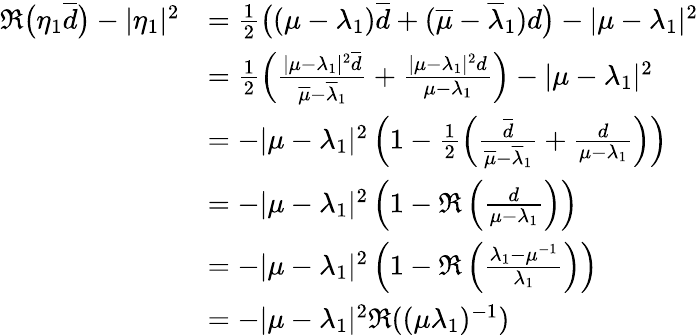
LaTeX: \begin{array}{rl}{\mathfrak{R}\big(\eta_{1}\overline{{d}}\big)-|\eta_{1}|^{2}}&{=\frac{1}{2}\big((\mu-\lambda_{1})\overline{{d}}+(\overline{{\mu}}-\overline{{\lambda}}_{1})d\big)-|\mu-\lambda_{1}|^{2}}\\ &{=\frac{1}{2}\left(\frac{|\mu-\lambda_{1}|^{2}\overline{{d}}}{\overline{{\mu}}-\overline{{\lambda}}_{1}}+\frac{|\mu-\lambda_{1}|^{2}d}{\mu-\lambda_{1}}\right)-|\mu-\lambda_{1}|^{2}}\\ &{=-|\mu-\lambda_{1}|^{2}\left(1-\frac{1}{2}\left(\frac{\overline{{d}}}{\overline{{\mu}}-\overline{{\lambda}}_{1}}+\frac{d}{\mu-\lambda_{1}}\right)\right)}\\ &{=-|\mu-\lambda_{1}|^{2}\left(1-\mathfrak{R}\left(\frac{d}{\mu-\lambda_{1}}\right)\right)}\\ &{=-|\mu-\lambda_{1}|^{2}\left(1-\mathfrak{R}\left(\frac{\lambda_{1}-\mu^{-1}}{\lambda_{1}}\right)\right)}\\ &{=-|\mu-\lambda_{1}|^{2}\mathfrak{R}((\mu\lambda_{1})^{-1})}\end{array}